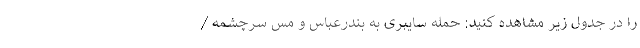
را در جدول زیر مشاهده کنید: حمله سایبری به بندرعباس و مس سرچشمه /